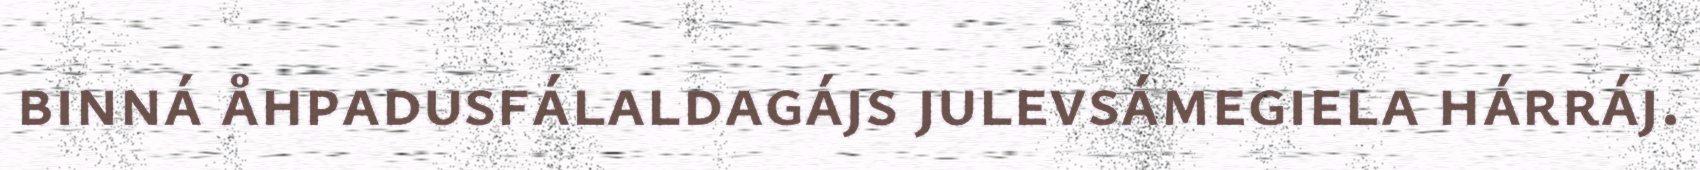
binná åhpadusfálaldagájs julevsámegiela hárráj.